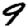
Digit: 9